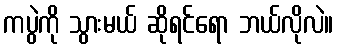
ကပွဲကို သွားမယ် ဆိုရင်ရော ဘယ်လိုလဲ။